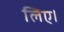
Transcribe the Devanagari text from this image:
लिए।